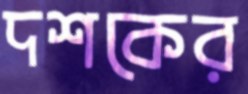
দশকের